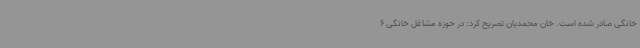
خانگی صادر شده است. خان محمدیان تصریح کرد: در حوزه مشاغل خانگی 6